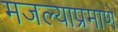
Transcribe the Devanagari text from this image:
मजल्याप्रमाणे